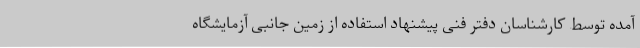
آمده توسط کارشناسان دفتر فنی پیشنهاد استفاده از زمین جانبی آزمایشگاه